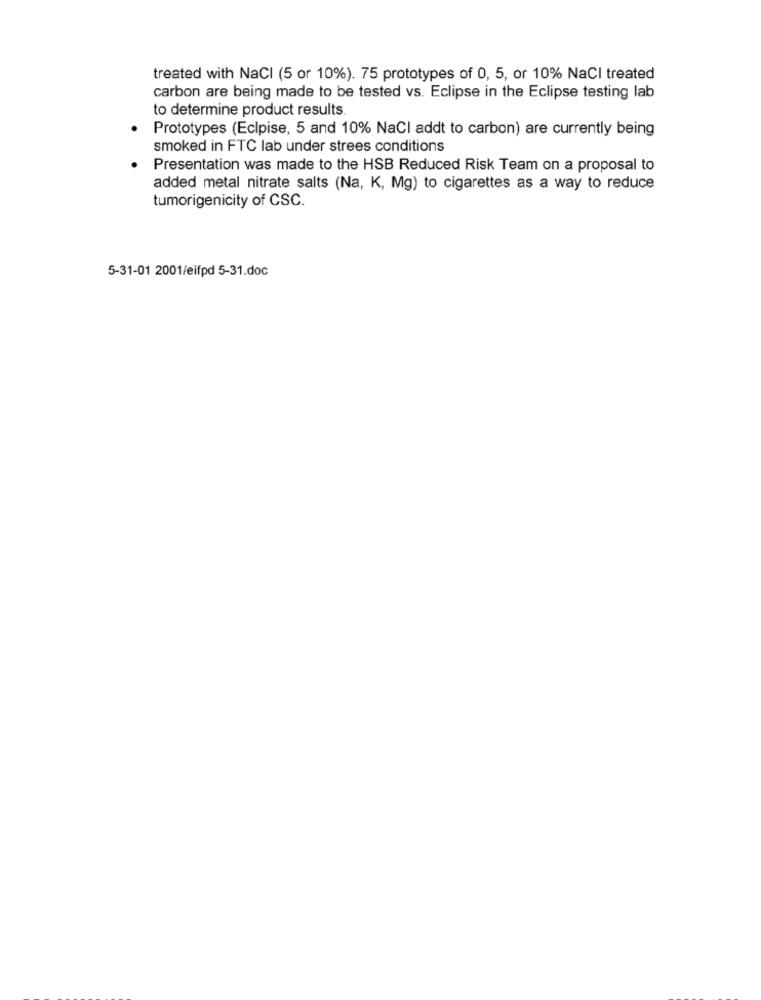
treated with NaCl (5 or 10%). 75 prototypes of 0, 5, or 10% NaCl treated
carbon are being made to be tested vs. Eclipse in the Eclipse testing lab
to determine product results.
Prototypes (Eclpise, 5 and 10% NaCl addt to carbon) are currently being
smoked in FTC lab under strees conditions
Presentation was made to the HSB Reduced Risk Team on a proposal to
added metal nitrate salts (Na, K, Mg) to cigarettes as a way to reduce
tumorigenicity of CSC.
5-31-01 2001/eifpd 5-31.doc